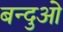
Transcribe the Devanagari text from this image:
बन्दुओ